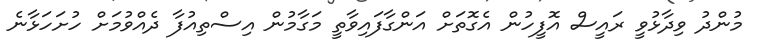
މުންދު ވިދާޅުވީ ރައީސް އޮފީހުން އެގޮތަށް އަންގާފައިވާތީ މަގާމުން އިސްތިއުފާ ދެއްވުމަށް ހުށަހަޅާނެ